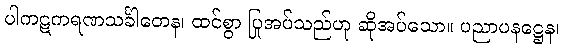
ပါကဋကရဏသင်္ခါတေန၊ ထင်စွာ ပြုအပ်သည်ဟု ဆိုအပ်သော။ ပညာပနဋ္ဌေန၊